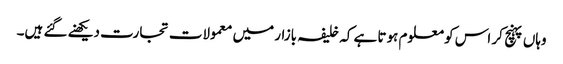
وہاں پہنچ کر اس کو معلوم ہوتا ہے کہ خلیفہ بازار میں معمولات تجارت دیکھنے گئے ہیں۔